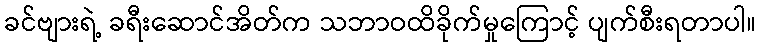
ခင်ဗျားရဲ့ ခရီးဆောင်အိတ်က သဘာဝထိခိုက်မှုကြောင့် ပျက်စီးရတာပါ။